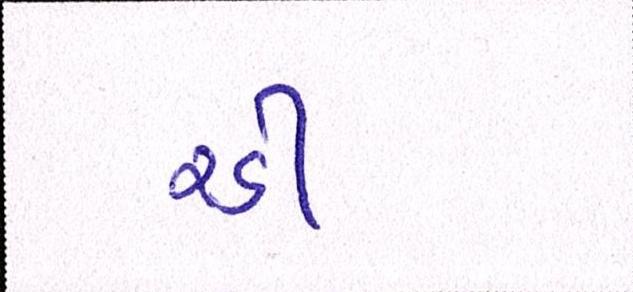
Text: રડી